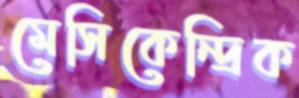
মেসিকেন্দ্রিক